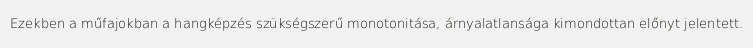
Ezekben a műfajokban a hangképzés szükségszerű monotonitása, árnyalatlansága kimondottan előnyt jelentett.